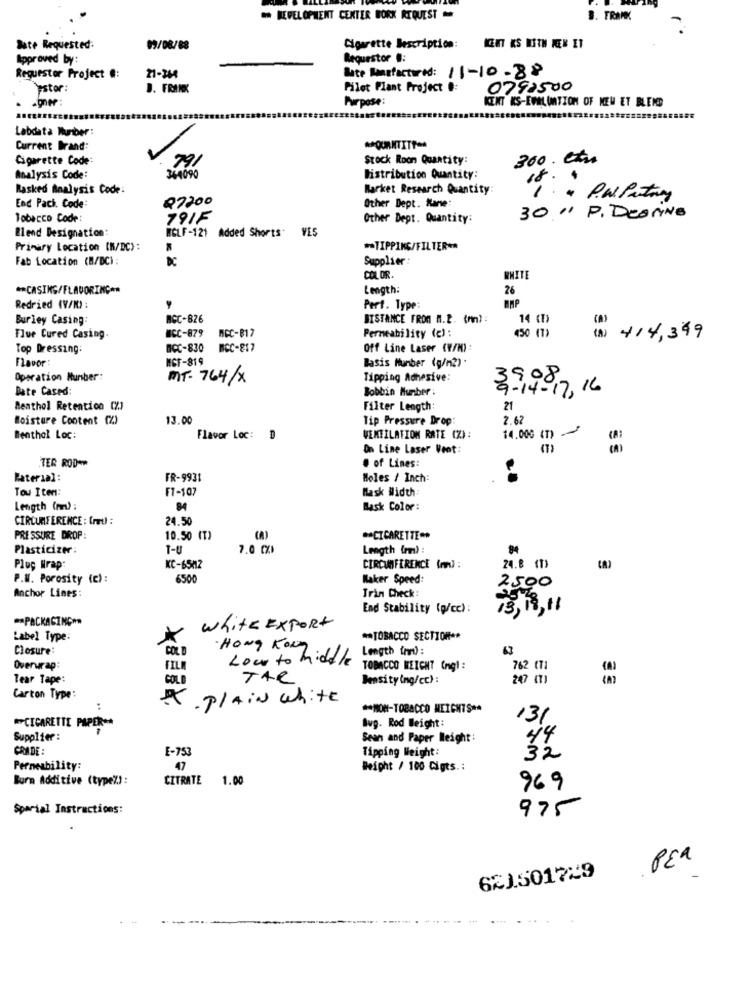
** DEVELOPMENT CENTER BORK REQUEST
B. FRANK
Date Requested:
09/08/88
Cigarette Description:
ICENT KS MITH NEN ET
Approved by:
Requestor #:
Bate Mansfactured: 11-10-88
Requestor Project #:
21-344
stor:
J. FRANK
Pilot Plant Project .:
0792500
Purpose:
KENT KS-EVALUATION OF NEW ET BLEND
Labdata Munber:
Current Brand:
** QUANTITF =*
Cigarette Code:
Stock Roon Quantity:
300. etre
364090
791
Analysis Code:
Distribution Quantity:
Rasked Analysis Code:
Market Research Quantity
End Paci. Code:
Q7200
Other Dept. Kane:
Tobacco Code:
791F
Other Dept. Quantity:
30 " P. Dearing
Blend Designation:
RCLF-121 Added Shorts VES
Primary Location [N/DC):
-TIPPING/FILTER **
Fab Location (M/DC) :
DC
Supplier:
COLOR.
WHITE
** CASING/FLAVORING **
Length:
26
Redried (V/M) :
Pert. Type:
Burley Casing:
BCC-826
DISTANCE FROM M.C. (m) :
14 (1)
nCC-817
Permeability (e) :
450 (7)
(A)
(a)
Flue Cured Casing
WCC-879
414,399
Top Dressing:
BCC-830
BCC-817
Off Line Laser (V/M)
naver
MGF-819
Basis Number (g/m2) .
Operation Number:
MT. 764/ x
Tipping Adhesive:
Date Cased:
Bobbin Number :
9-14-17,16
Menthol Retention (%)
Filter Length:
21
Moisture Content (%)
13.00
2.62
Tip Pressure Drop:
Benthol Loc:
Flavor Loc: D
WEMEILATION RATE (%):
14.000 (T)
On Line Laser Veot:
@ of Lines:
TER ROD **
Bater1al:
FR-9931
Holes / Inch:
Tow Iten:
FT-107
Mask Width:
Length (rm) :
84
Bask Color:
CIRCUMFERENCE : (ret) :
24.50
PRESSURE DROP:
10.50 (T)
** CIGARETTE **
Plasticizer:
T-U
7.0 CXI
Length (m) :
Plug Wrap:
KC-6542
CIRCUMFERENCE (mm) :
24.8 (1)
P.W. Porosity (c) :
6500
Kaker Speed:
2500
Trin Check:
Anchor Lines:
End Stability (p/cc) :
15, 18,11
** PACKAGINGOR
white Export
Label Type:
** TOBACCO SECTION **
Closure:
COL
·HONG Kong
Length im):
63
Low to middle
Overwrap:
FILM
TOBACCO WEICHT (ngl :
762 CT1
Tear Tape:
COLD
The
Density(ng/cc):
247 (T)
3ª
Carton Type:
. Plain white
..
** NON-TOBACCO MEICHTS **
131
#PCIGARETTE PAPER **
Avg. Rod Weight:
Supplier:
Sean and Paper Weight :
44
CRADE:
E-753
Tipping Weight:
32
Permeability:
47
Beipht / 100 Cigts .:
Burn Additive (type%):
CITRATE
1.00
969
Sparial Instructions:
975
PER
6215017X9